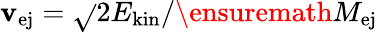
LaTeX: \mathbf{v}_{\mathrm{{ej}}}=\sqrt{}{{2E_{\mathrm{{kin}}}/\ensuremath{{M_{\mathrm{{ej}}}}}}}